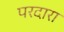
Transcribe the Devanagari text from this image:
परदारा